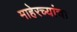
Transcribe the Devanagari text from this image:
माहेरच्यांचा